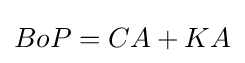
BoP=CA+KA